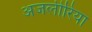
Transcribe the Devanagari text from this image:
अजलीरिया